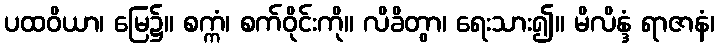
ပထဝိယာ၊ မြေ၌။ စက္ကံ၊ စက်ဝိုင်းကို။ လိခိတွာ၊ ရေးသား၍။ မိလိန္ဒံ ရာဇာနံ၊